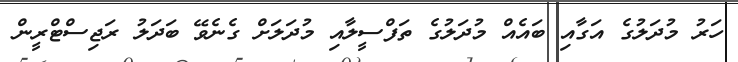
ހަރު މުދަލުގެ އަގާއި ބައެއް މުދަލުގެ ތަފްސީލާއި މުދަލަށް ގެނެވޭ ބަދަލު ރަޖިސްޓްރީން